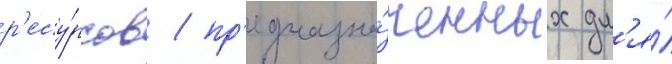
р'есу́рсов / пр'едназна́ченных дл'я́